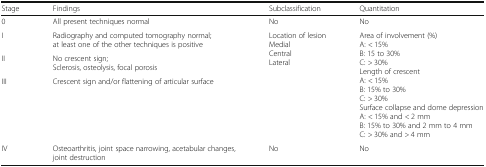
<table><thead><tr><td><b>Stage</b></td><td><b>Findings</b></td><td><b>Subclassification</b></td><td><b>Quantitation</b></td></tr></thead><tbody><tr><td>0</td><td>All present techniques normal</td><td>No</td><td>No</td></tr><tr><td>I</td><td>Radiography and computed tomography normal; at least one of the other techniques is positive</td><td rowspan="3">Location of lesionMedialCentralLateral</td><td rowspan="3">Area of involvement (%)A: &lt; 15%B: 15 to 30%C: &gt; 30%Length of crescentA: &lt; 15%B: 15% to 30%C: &gt; 30%Surface collapse and dome depressionA: &lt; 15% and &lt; 2 mmB: 15% to 30% and 2 mm to 4 mmC: &gt; 30% and &gt; 4 mm</td></tr><tr><td>II</td><td>No crescent sign;Sclerosis, osteolysis, focal porosis</td></tr><tr><td>III</td><td>Crescent sign and/or flattening of articular surface</td></tr><tr><td>IV</td><td>Osteoarthritis, joint space narrowing, acetabular changes, joint destruction</td><td>No</td><td>No</td></tr></tbody></table>